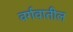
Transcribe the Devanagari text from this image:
वर्गवातील